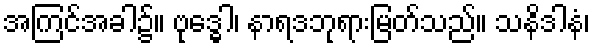
အကြင်အခါ၌။ ဗုဒ္ဓေါ၊ နာရဒဘုရားမြတ်သည်။ သနိဒါနံ၊